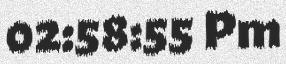
02:58:55 Pm